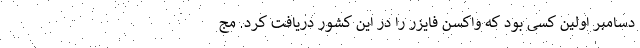
دسامبر اولین کسی بود که واکسن فایزر را در این کشور دریافت کرد. مج